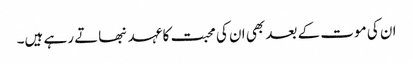
ان کی موت کے بعد بھی ان کی محبت کا عہد نبھاتے رہے ہیں۔